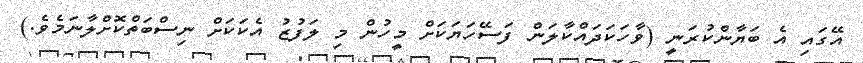
އޭގައި އެ ބަޔާންކުރަނީ (ވާހަކަދައްކާލަން ފަސޭހަޔަކަށް މީހުން މި ލަފުޒު އެކަކަށް ނިސްބަތްކޮށްލާނަމެވެ.)